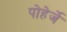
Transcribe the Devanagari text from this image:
पोहेर्जे